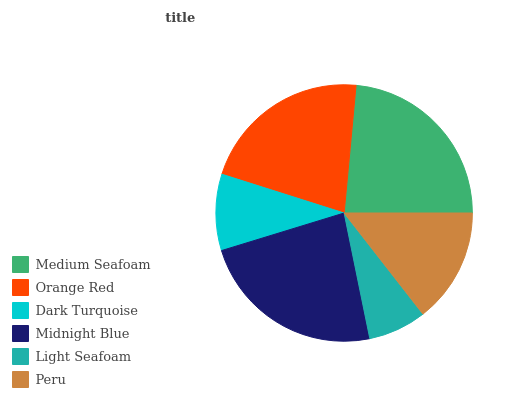
| Medium Seafoam | Orange Red | Dark Turquoise | Midnight Blue | Light Seafoam | Peru |
 | --- | --- | --- | --- | --- | --- |
 | 23.5% | 21.6% | 9.6% | 23.5% | 7.32% | 14.4% |